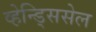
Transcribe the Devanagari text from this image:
व्हेन्ड्सिसेल